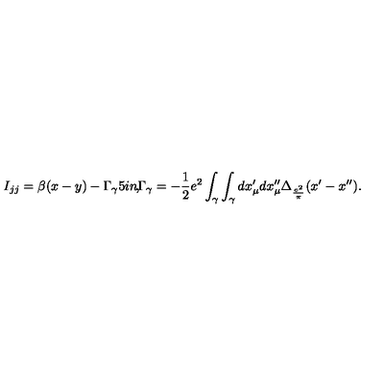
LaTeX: I _ { j j } = \beta ( x - y ) - \Gamma _ { \gamma } \makebox [ . 5 i n ] { , } \Gamma _ { \gamma } = - \frac { 1 } { 2 } e ^ { 2 } \int _ { \gamma } \int _ { \gamma } d x _ { \mu } ^ { \prime } d x _ { \mu } ^ { \prime \prime } \Delta _ { \frac { e ^ { 2 } } { \pi } } ( x ^ { \prime } - x ^ { \prime \prime } ) .